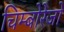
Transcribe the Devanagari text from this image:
चिम्बोरेजो